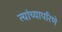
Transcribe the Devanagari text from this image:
त्यांच्यापरिणे